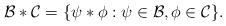
LaTeX: \begin{align*}\mathcal{B}\ast\mathcal{C}=\{\psi\ast\phi: \psi\in \mathcal{B},\phi\in \mathcal{C}\}.\end{align*}